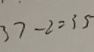
3 7 - 2 = 3 5